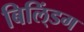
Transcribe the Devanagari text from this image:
बिलि्ंडग